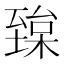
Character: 𦥅